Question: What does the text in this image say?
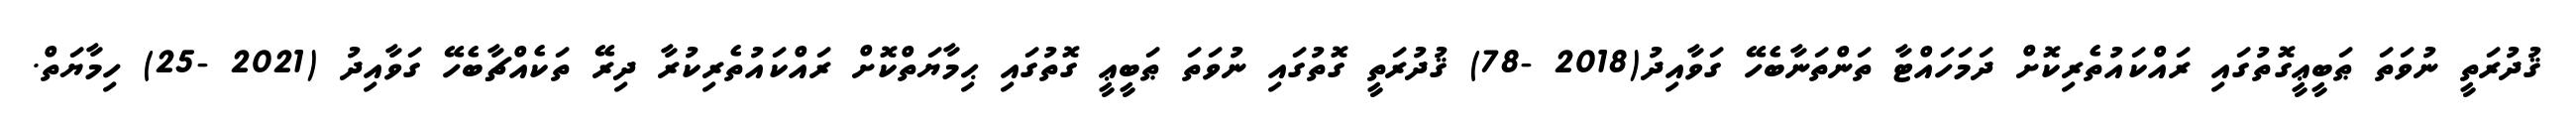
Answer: ޤުދުރަތީ ނުވަތަ ޠަބީޢީގޮތުގައި ރައްކައުތެރިކޮށް ދަމަހައްޓާ ތަންތަނާބެހޭ ގަވާއިދު(2018 -78) ޤުދުރަތީ ގޮތުގައި ނުވަތަ ޠަބީޢީ ގޮތުގައި ޙިމާޔަތްކޮށް ރައްކައުތެރިކުރާ ދިރޭ ތަކެއްޗާބެހޭ ގަވާއިދު (2021 -25) ހިމާޔަތް.